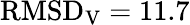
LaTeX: \mathrm{RMSD}_{\mathrm{V}}=11.7